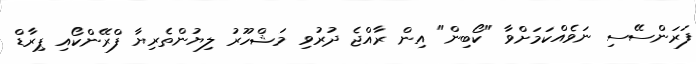
ފަރަންސޭސި ނަވެއްކަމަށްވާ "ކޯބިން" އިން ރާއްޖެ ދުރުވި މަޝްހޫރު ލިޔުންތެރިޔާ ފްރޭންކޯއި ޕިރާޑް